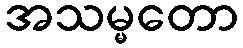
အသမ္မတော